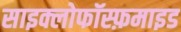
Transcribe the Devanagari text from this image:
साइक्लोफॉस्फ़माइड